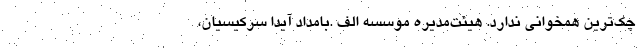
چک‌ترین همخوانی ندارد. هیئت‌مدیره موسسه الف .بامداد آیدا سرکیسیان،